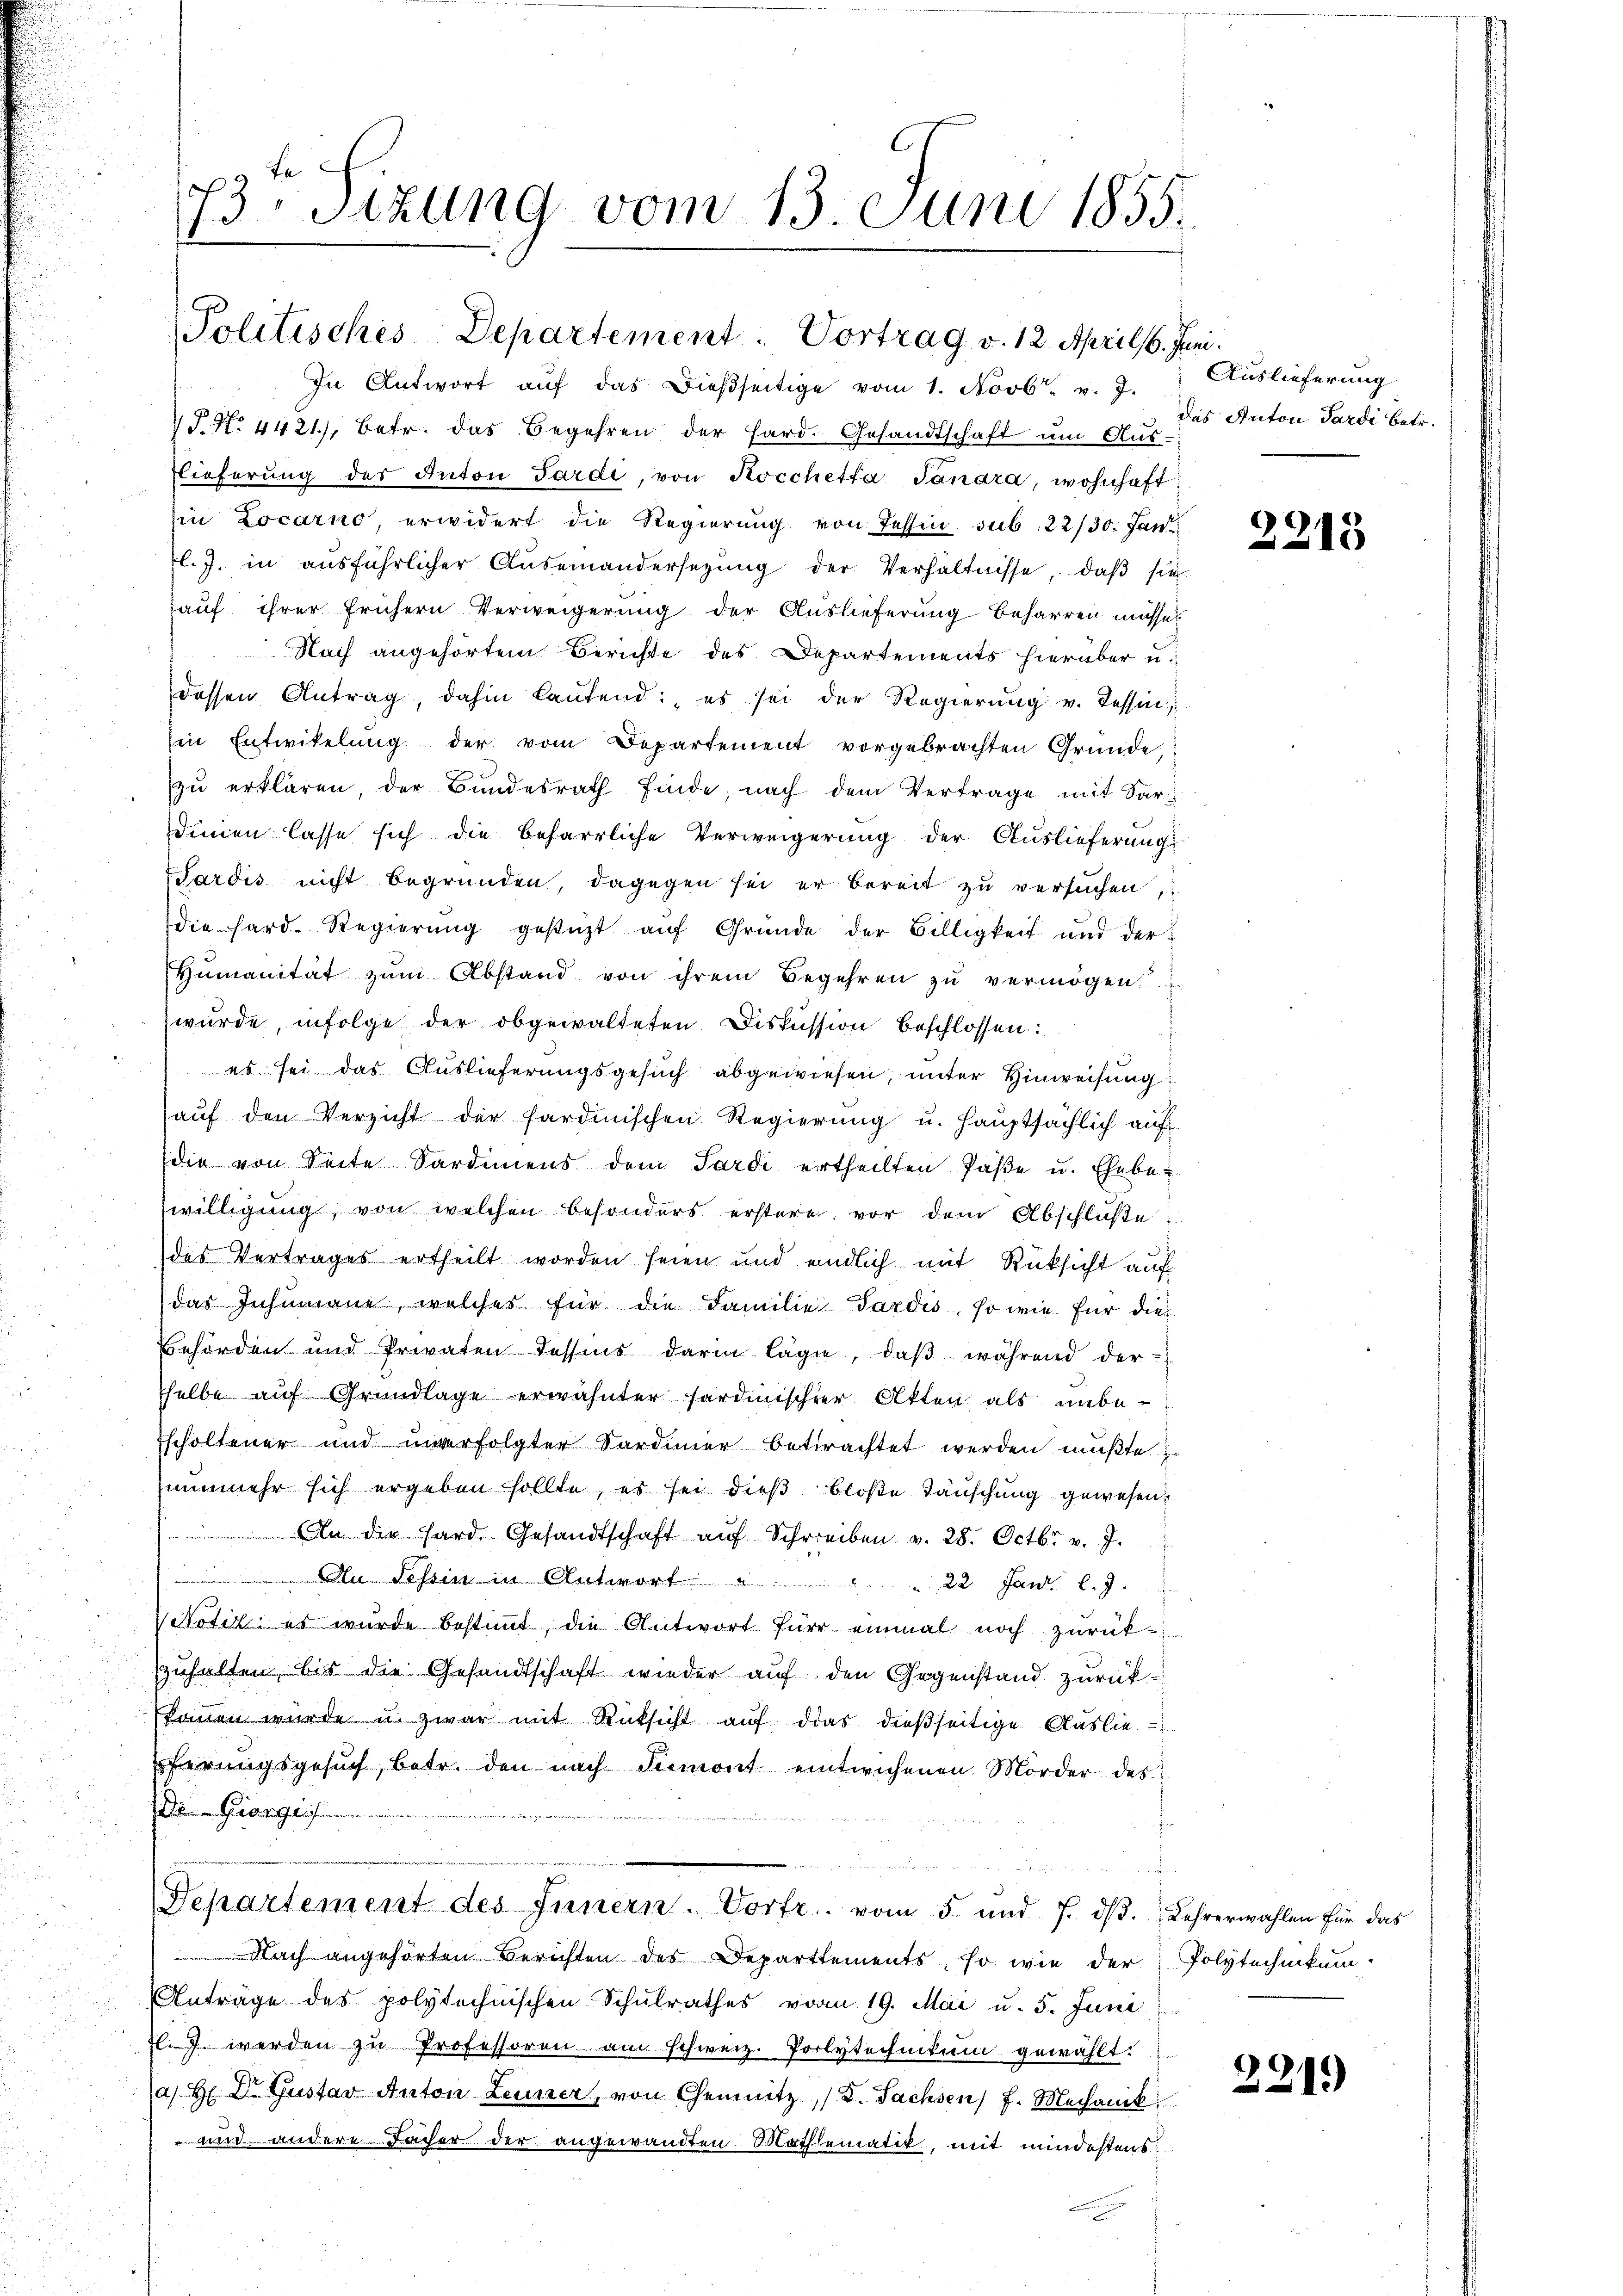
73 Stzung vom 13 Juni 1855.

Politisches Departement: Vortrag v. 12. April 6. Juni.
In Antwort aŭf das dießseitige vom 1. Novb. v. J.
 J. N. 4421), betr. das Begehren der Hard. Gesandtschaft um Aus-
lieferung des Anton Sardi, von Kocchetta Sanara, wohnhaft
in Locarno, erwidert die Regierung von Tessin sub. 22/30. Jan.
l. J. in aŭsführlicher Auseinandersetzŭng der Verhältnisse, daβ sie
auf ihrer frühern Verweigerung der Auslieferung beharren müsse
Nach angehörtem Berichte des Departements hierüber u.
dessen Antrag, dahin laŭfend es sei der Regierŭng v. Tessin,
in Entwikelung der vom Departement vorgebrachten Gründe,
zu erklären, der Bundesrath finde, nach dem Vertrage mit Sar-
denen lasse sich die beharrliche Verweigerung der Auslieferung
Sardis nicht begründen, dagegen sei er bereit zu versuchen,
die hard-Regierŭng gestüzt aŭf Gründe der Billigkeit und der
Humanität zŭm Abstand von ihrem Begehren zŭ vermögen
wurde, infolge der obgewalteten Diskussion beschlossen:
es sei das Auslieferungsgesuch abgewiesen, unter Hinweisung
aŭf den Verzicht der sardinischen Regierung u. hauptsächlich auf
die von Seite Sardiniens dem Sardi ertheilten Paße u. Ehebe-
willigung, von welchen besonders erstere vor dem Abschluße
des Vertrages ertheilt worden seien und endlich mit Rücksicht auf
das Inhumane, welches für die Familie Pardis, so wie für dies
Behörden und Privaten Tessins darin läge, daβ während der-
selbe auf Grundlage erwähnter fardinischer Akten als unbe-
Escholtener und unverfolgter Sardinier betrachtet werden mußte.
nunmehr sich ergeben sollte, es sei dieß bloße Täuschung gewesen.
An die Hard Gesandtschaft aŭf Schreiben v. 28. Octbr. v. J.
Dlu Tessin in Antwort . . . . 22 Janr. l. J.
Notiz es wurde bestimmt, die Antwort für einmal noch zŭrück-
zuhalten, bis die Gesandtschaft wieder auf den Gegenstand zurückkamen wurde u. zwar mit Rücksicht auf das dießseitige Auslieferungsgesuch, betr. den nach Simont eintwichenen Mörder des
Dr. Giorgei
Separtement des Innern. Vorfr. vom 5. und 7. dβ. Lehrerwahlen für das
Nach angehörten Berichten des Departtements, so wie der
Anträge des polytechnischen Schulrathes vom 19. Mai u. 5. Juni
fl. 7 werden zu Professoren am schweiz. Polytechnikum gewählt:
a H: Dr. Gustav Anton Leuner, von Chemnitz /d. Sachsen f. Mechanik
und andere Fächer der angewandten Machlematik, mit mindestens

Auslieferung
das Anton Pardi betr.

2213

Polytechnikum.

221)